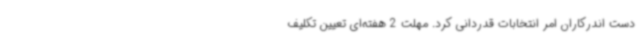
دست اندرکاران امر انتخابات قدردانی کرد. مهلت 2 هفته‌ای تعیین تکلیف